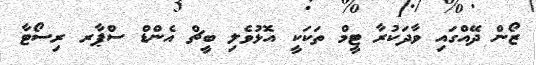
ޒޯން ދޭއްގައި ވާދަކުރާ ޓީމް ތަކަކީ އޮޅުވެލި ބީޗް އެންޑް ސްޕާރ ރިސޯޓާ